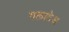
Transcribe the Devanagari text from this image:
गलाटेअ